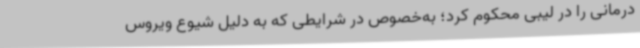
درمانی را در لیبی محکوم کرد؛ به‌خصوص در شرایطی که به دلیل شیوع ویروس